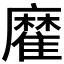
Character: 𩀪